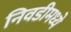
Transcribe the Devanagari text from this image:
निवडीमध्ये